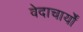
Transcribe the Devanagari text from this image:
वेदाचार्यों